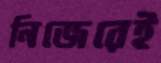
নিজেরেই